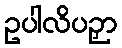
ဥပါလိပဉှာ